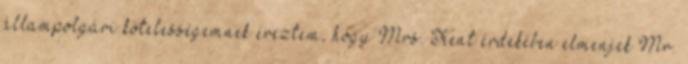
állampolgári kötelességemnek éreztem, hogy Mrs. Kent érdekében elmenjek Mr.